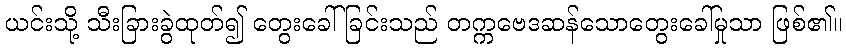
ယင်းသို့ သီးခြားခွဲထုတ်၍ တွေးခေါ်ခြင်းသည် တက္ကဗေဒဆန်သောတွေးခေါ်မှုသာ ဖြစ်၏။